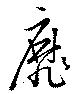
靡